Vaccination in Bombay 1863-1868 - 1863-1868
Year: 1863
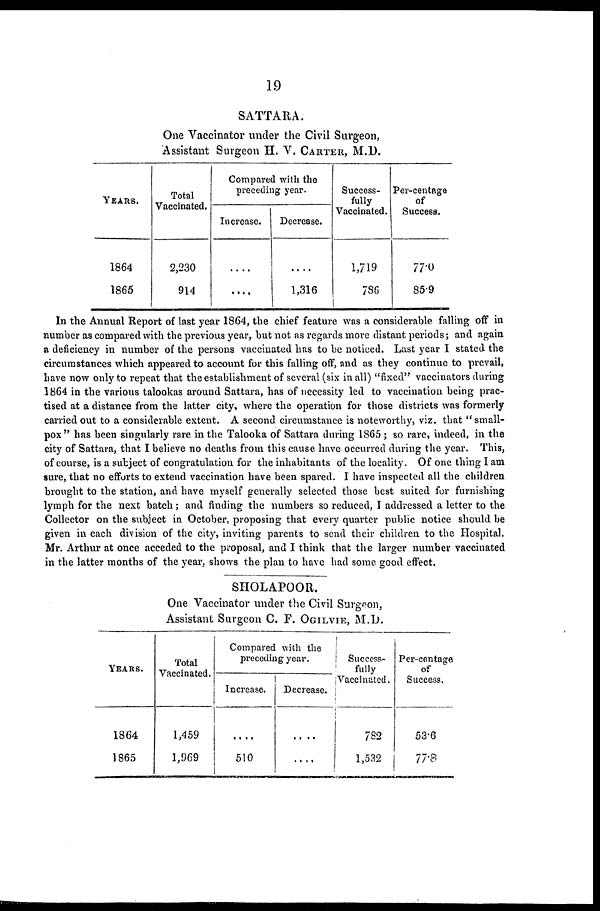
19
SATTARA.
One Vaccinator under the Civil Surgeon,
Assistant Surgeon H. V. CARTER, M.D.
YEARS.
1864
1865
Total
Vaccinated.
2,230
914
Compared with the
preceding year.
Increase.
....
....
Decrease.
....
1,316
Success-
fully
Vaccinated.
1,719
786
Per-centage
of
Success.
77.0
85.9
In the Annual Report of last year 1864, the chief feature was a considerable falling off in
number as compared with the previous year, but not as regards more distant periods; and again
a deficiency in number of the persons vaccinated has to be noticed. Last year I stated the
circumstances which appeared to account for this falling off, and as they continue to prevail,
have now only to repeat that the establishment of several (six in all) "fixed" vaccinators during
1864 in the various talookas around Sattara, has of necessity led to vaccination being prac-
tised at a distance from the latter city, where the operation for those districts was formerly
carried out to a considerable extent. A second circumstance is noteworthy, viz. that "small-
pox" has been singularly rare in the Talooka of Sattara during 1865 ; so rare, indeed, in the
city of Sattara, that I believe no deaths from this cause have occurred during the year. This,
of course, is a subject of congratulation for the inhabitants of the locality. Of one thing I am
sure, that no efforts to extend vaccination have been spared. I have inspected all the children
brought to the station, and have myself generally selected those best suited for furnishing
lymph for the next batch; and finding the numbers so reduced, I addressed a letter to the
Collector on the subject in October, proposing that every quarter public notice should be
given in each division of the city, inviting parents to send their children to the Hospital.
Mr. Arthur at once acceded to the proposal, and I think that the larger number vaccinated
in the latter months of the year, shows the plan to have had some good effect.
SHOLAPOOR.
One Vaccinator under the Civil Surgeon,
Assistant Surgeon C. F. OGILVIE, M.D.
YEARS.
1864
1865
Total
Vaccinated.
1,459
1,969
Compared with the
preceding year.
Increase.
....
510
Decrease.
....
....
Success.
fully
Vaccinated.
782
1,532
Per-centage
of
Success.
53.6
77.8